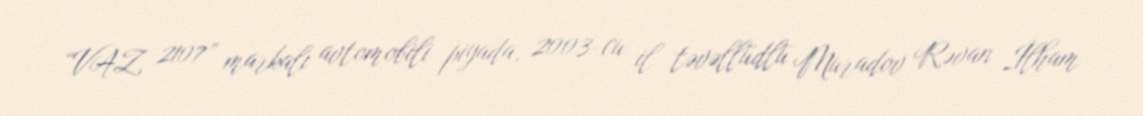
“VAZ 2107” markalı avtomobili piyada, 2003-cu il təvəllüdlü Muradov Rəvan İlham